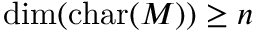
\dim ( \operatorname { c h a r } ( M ) ) \geq n